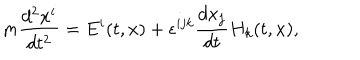
LaTeX: m \frac { d ^ { 2 } x ^ { i } } { d t ^ { 2 } } = E ^ { i } ( t , x ) + \epsilon ^ { i j k } \frac { d x _ { j } } { d t } H _ { k } ( t , x ) ,